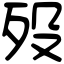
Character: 殁